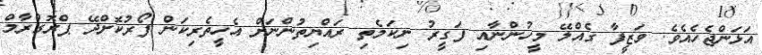
އަޅަންޖެހެއެވެ. ވަޒީފާ ގެއްލޭ މީހުންނާއި ފަގީރު ނިކަމެތި ރައްޔިތުންނަށް އެހީތެރިކަން ފޯރުކޮށްދޭ ޕްރޮގްރާމް